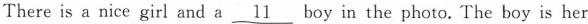
There is a nice girl and a \underline{11} boy in the photo. The boy is her